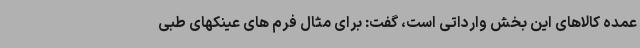
عمده کالاهای این بخش وارداتی است، گفت: برای مثال فرم های عینکهای طبی